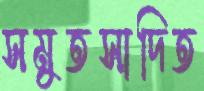
সমুতসাদিত